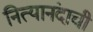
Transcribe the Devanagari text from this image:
नित्यानंदाची